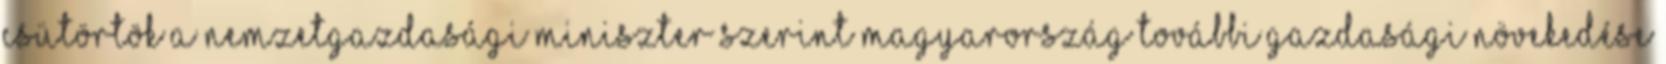
csütörtök A nemzetgazdasági miniszter szerint Magyarország további gazdasági növekedése